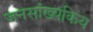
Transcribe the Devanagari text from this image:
जनसांख्यकिय